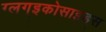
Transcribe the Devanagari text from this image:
ग्लग्इकोसाइड्स